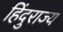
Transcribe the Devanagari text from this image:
हिंदुराज्य